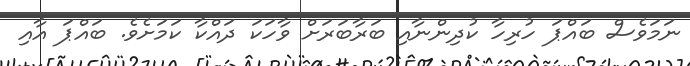
ނަމަވެސް ބައްޕަ ހުރިހާ ކުދިންނާއި ބަރާބަރަށް ވާހަކަ ދައްކާ ކަމަށެވެ. ބައްޕަ އާއި